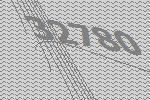
32780